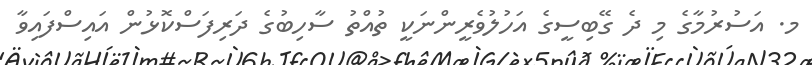
މ. އަސުރުމާގެ މި ދެ ގޭބިސީގެ އަހުލުވެރީންނަކީ ތުއްތު ސާހިބުގެ ދަރިފަސްކޮޅުން އައިސްފައިވާ